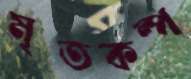
মৃতকল্প